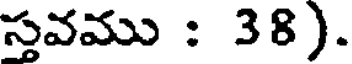
స్తవము : 38).